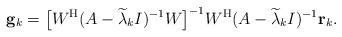
\begin{align*}{\bf g}_k=\big[W^{\rm H}(A-\widetilde{\lambda}_kI)^{-1}W\big]^{-1}W^{\rm H}(A-\widetilde{\lambda}_kI)^{-1}{\bf r}_k.\end{align*}